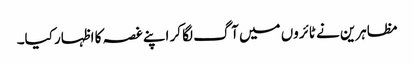
مظاہرین نے ٹائروں میں آگ لگا کر اپنے غصہ کا اظہار کیا۔